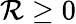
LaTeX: \mathcal{R}\geq0